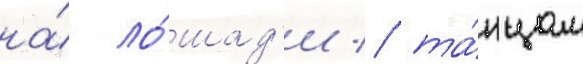
на́ ло́шад'и / та́нцам